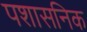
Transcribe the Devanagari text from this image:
पशासनिक